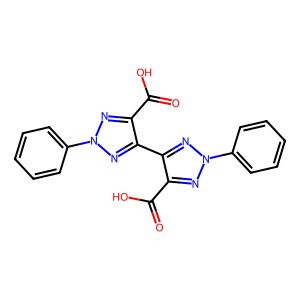
SMILES: O=C(O)c1nn(-c2ccccc2)nc1-c1nn(-c2ccccc2)nc1C(=O)O
Inhibits HIV replication: No